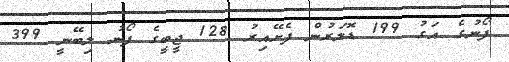
ފޯނުގެ އަގު 199 ޑޮލަރުން ފެށޭއިރު 128 ޖީބީގެ ފޯނު ލިބޭނީ 399